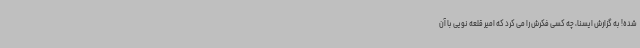
شده! به گزارش ایسنا، چه کسی فکرش را می‌ کرد که امیر قلعه نویی با آن